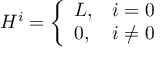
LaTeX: H ^ { i } = \left\{ \begin{array} { l l } { { L , } } & { { i = 0 } } \\ { { 0 , } } & { { i \neq 0 } } \end{array} \right.